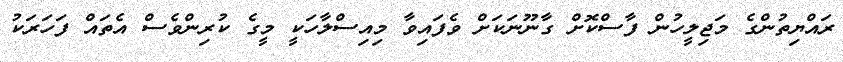
ރައްޔިތުންގެ މަޖިލީހުން ފާސްކޮށް ގާނޫނަކަށް ވެފައިވާ މިއިސްލާހަކީ މީގެ ކުރިންވެސް އެތައް ފަހަރަކު